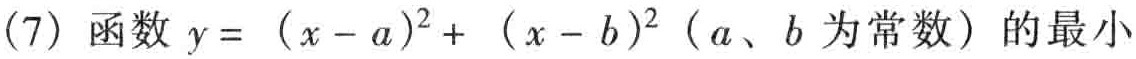
(7) 函数 \(y = (x - a)^{2}+ (x - b)^{2}\)（\(a\)、\(b\) 为常数）的最小